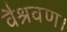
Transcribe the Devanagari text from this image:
वैश्रवण।